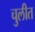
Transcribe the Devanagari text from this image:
चुलीत